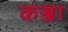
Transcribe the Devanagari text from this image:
कज्जा